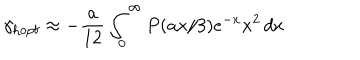
\gamma _ { \mathrm { h o p f } } \approx - \frac { a } { 1 2 } \int _ { 0 } ^ { \infty } P ( a x / 3 ) e ^ { - x } x ^ { 2 } \, d x